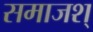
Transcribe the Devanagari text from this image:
समाजश्